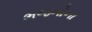
ભજનોના